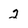
Character: 2